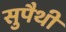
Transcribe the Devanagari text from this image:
सुपैथी